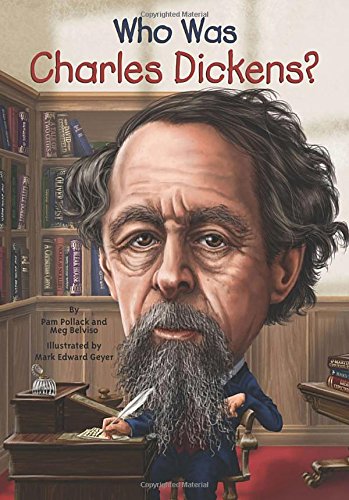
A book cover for Who Was Charles Dickens?; Pamela D. Pollack; Children's Books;